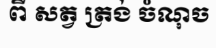
ពី សត្វ ត្រង់ ចំណុច